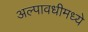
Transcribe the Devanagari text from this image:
अल्पावधीमध्ये